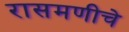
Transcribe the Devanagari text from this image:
रासमणीचे